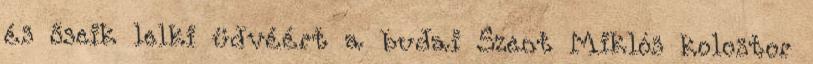
és őseik lelki üdvéért a budai Szent Miklós kolostor